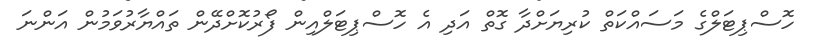
ހޮސްޕިޓަލްގެ މަސައްކަތް ކުރިޔަށްދާ ގޮތް އަދި އެ ހޮސްޕިޓަލްއިން ފޯރުކޮށްދޭން ތައްޔާރުވަމުން އަންނަ